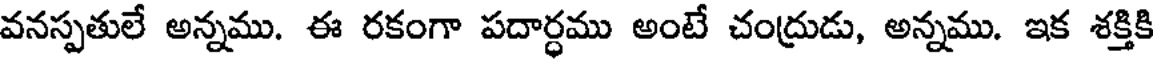
వనస్పతులే అన్నము. ఈ రకంగా పదార్ధము అంటే చంద్రుడు, అన్నము. ఇక శక్తికి